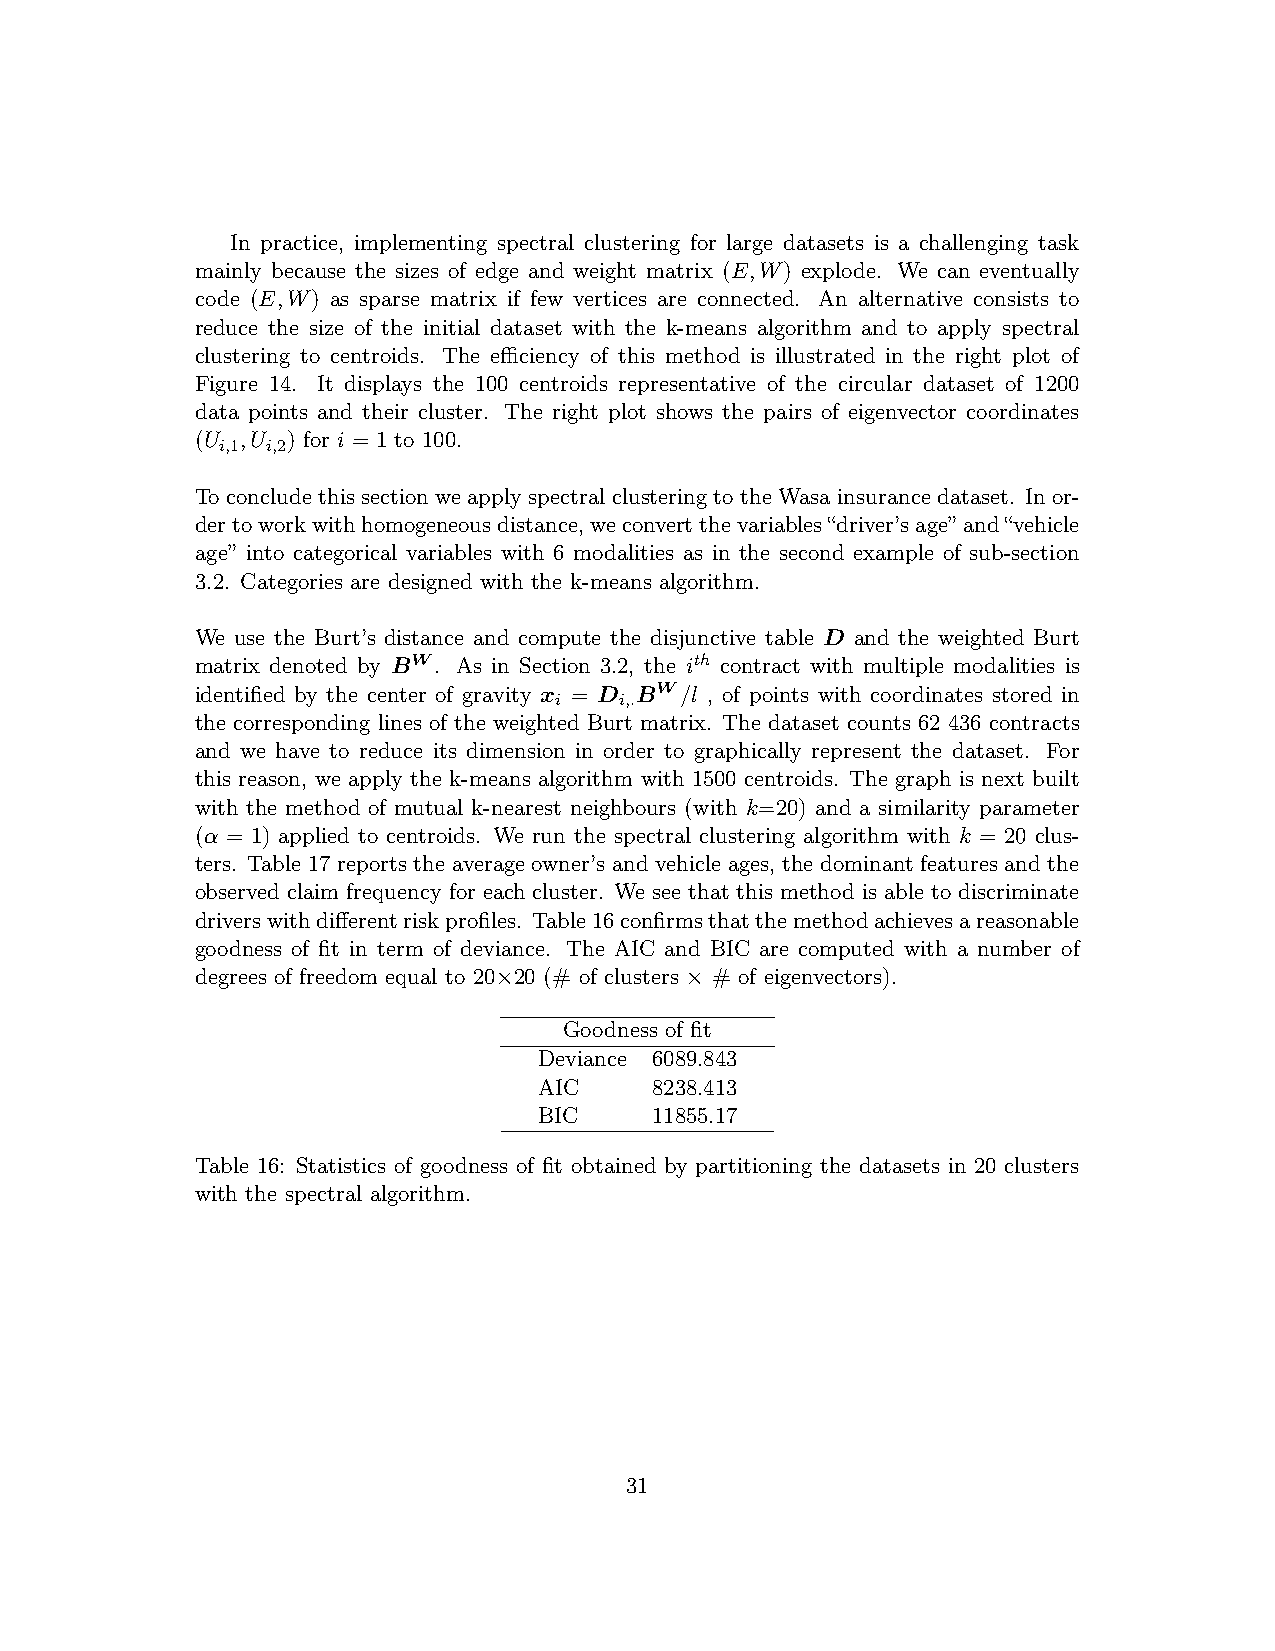
In practice, implementing spectral clustering for large datasets is a challenging task
 mainly because the sizes of edge and weight matrix (E,W) explode. We can eventually
 code (E,W) as sparse matrix if few vertices are connected. An alternative consists to
 reduce the size of the initial dataset with the k-means algorithm and to apply spectral
 clustering to centroids. The efficiency of this method is illustrated in the right plot of
 Figure 14. It displays the 100 centroids representative of the circular dataset of 1200
 data points and their cluster. The right plot shows the pairs of eigenvector coordinates
 (U ,U ) for i = 1 to 100.
 i,1 i,2
 To conclude this section we apply spectral clustering to the Wasa insurance dataset. In or-
 dertoworkwithhomogeneousdistance,weconvertthevariables“driver’sage” and“vehicle
 age” into categorical variables with 6 modalities as in the second example of sub-section
 3.2. Categories are designed with the k-means algorithm.
 We use the Burt’s distance and compute the disjunctive table D and the weighted Burt
 matrix denoted by BW. As in Section 3.2, the ith contract with multiple modalities is
 identified by the center of gravity x = D BW/l , of points with coordinates stored in
 i   i,.
 the corresponding lines of the weighted Burt matrix. The dataset counts 62 436 contracts
 and we have to reduce its dimension in order to graphically represent the dataset. For
 this reason, we apply the k-means algorithm with 1500 centroids. The graph is next built
 with the method of mutual k-nearest neighbours (with k=20) and a similarity parameter
 (α = 1) applied to centroids. We run the spectral clustering algorithm with k = 20 clus-
 ters. Table 17 reports the average owner’s and vehicle ages, the dominant features and the
 observed claim frequency for each cluster. We see that this method is able to discriminate
 driverswithdifferentriskprofiles. Table16confirmsthatthemethodachievesareasonable
 goodness of fit in term of deviance. The AIC and BIC are computed with a number of
 degrees of freedom equal to 20×20 (# of clusters × # of eigenvectors).
 Goodness of fit
 Deviance 6089.843
 AIC    8238.413
 BIC    11855.17
 Table 16: Statistics of goodness of fit obtained by partitioning the datasets in 20 clusters
 with the spectral algorithm.
 31